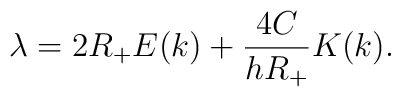
\lambda = 2R_+E(k) + \frac{4C}{hR_+} K(k).